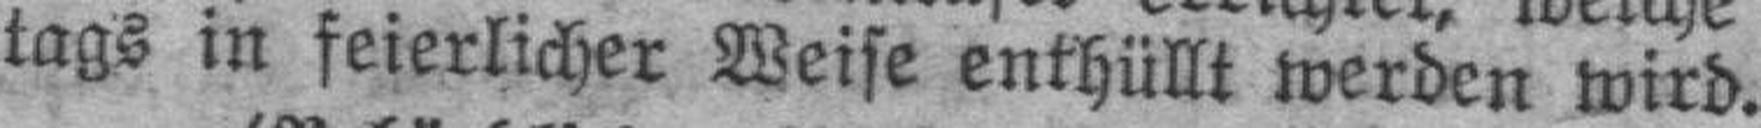
tags in feierlicher Weise enthüllt werden wird.